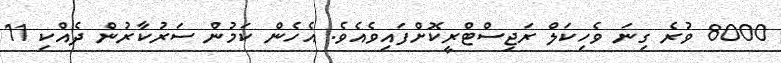
8000 ވުރެ ގިނަ ވެހިކަލް ރަޖިސްޓްރީކޮށްފައިވެއެވެ. އެހެން ކަމުން ސަރުކާރުން ދެއްކި 11